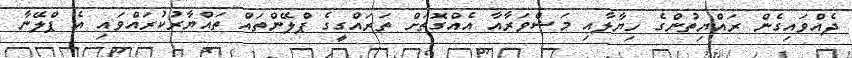
ދެއްވައިގެން ރައްޔިތުންގެ ހިޔާލާއި މަޝްވަރާއާ އެއްގޮތަށް ތަރައްގީގެ ޕްލޭންތައް ތައްޔާރުކުރައްވައި އެ ޕްލޭނާ